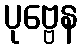
ပုဗ္ဗေန